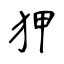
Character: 狎